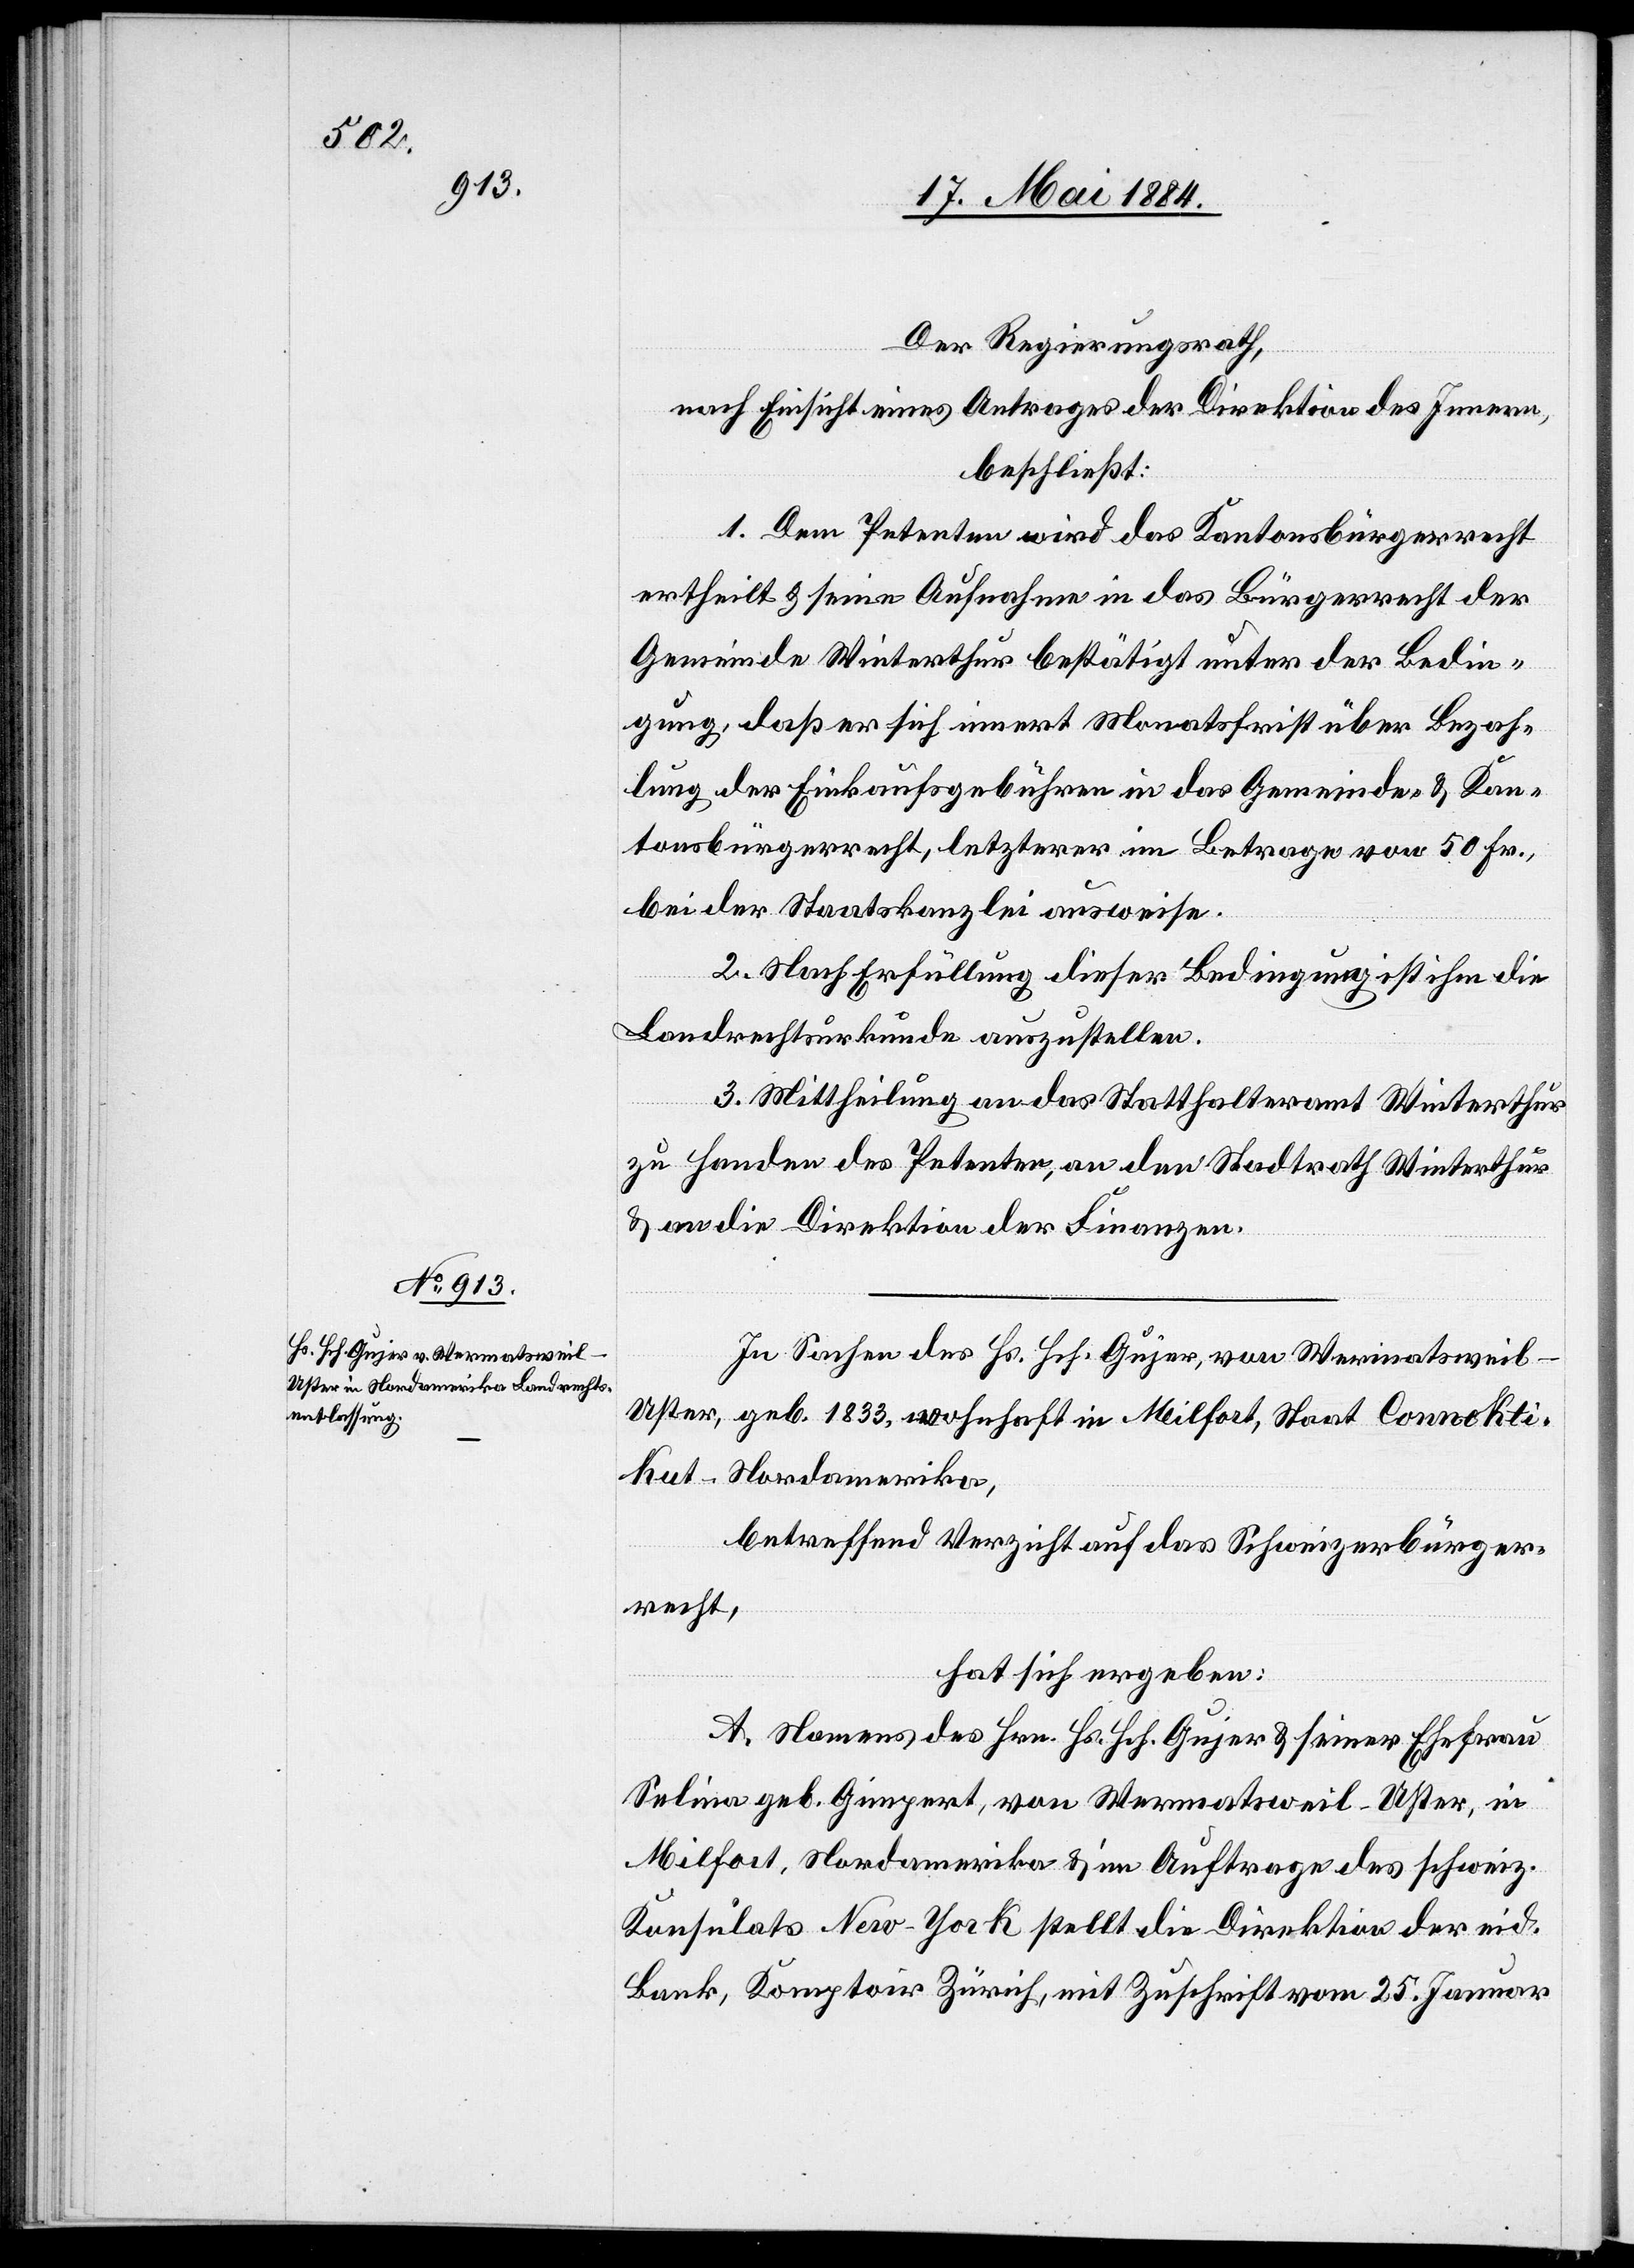
Der Regierungsrath,
nach Einsicht eines Antrages der Direktion des Innern,
beschließt:
1. Dem Petent wird das Kantonsbürgerrecht
ertheilt & seine Aufnahme in das Bürgerrecht der
Gemeinde Winterthur bestätigt unter der Bedin¬
gung, daß er sich innert Monatsfrist über Bezah¬
lung der Einkaufsgebühren in das Gemeinde- & Kan¬
tonsbürgerecht, letzterer im Betrage von 50 Fr.
bei der Staatskanzlei ausweise.
2. Nach Erfüllung dieser Bedingung ist ihm die
Landrechtsurkunde auszustellen.
kut
3. Mittheilung an das Statthalteramt Winterthur
zu Handen des Petenten, an den Stadtrath Winterthur
& an die Direktion der Finanzen.
In Sachen des Hs. Hch. Gujer, von Wermatsweil
Uster, geb. 1833, wohnhaft in Milfort, Staat Connekti¬
- Nordamerika,
betreffend Verzicht auf das Schweizerbürger¬
recht,
hat sich ergeben:
A. Namens des Hrn. Hs. Hch. Gujer & seiner Ehefrau
Selina geb. Gimpert, von Wermatsweil - Uster, in
Milfort, Nordamerika & im Auftrage des schweiz.
Konsulats New-York stellt die Direktion der eid.
Bank, Komptoir Zürich, mit Zuschrift vom 25. Januar